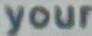
Your